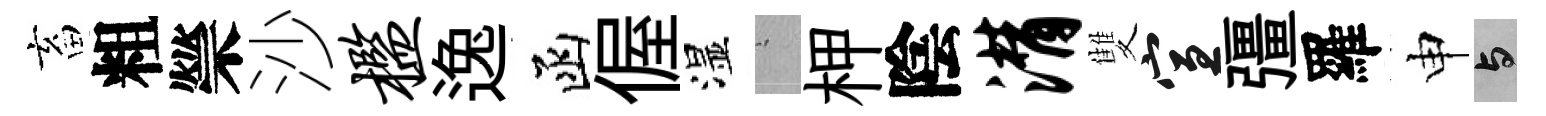
畜粗禜沙槛逸函偓湿搖柙陰潸雙宣彊羅申与